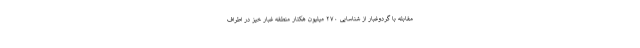
مقابله با گردوغبار از شناسایی ۲۷۰ میلیون هکتار منطقه غبار خیز در اطراف